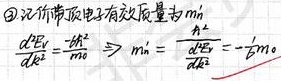
\textcircled{3} 记价带顶电子有效质量为 \(m_{n}^{*}\)。
由\(\frac{d^{2}E_V}{dk^{2}}=\frac{-\hbar^{2}}{m_0}\)，可得\(m_{n}^{*}=\frac{\hbar^{2}}{\frac{d^{2}E_V}{dk^{2}}}=-m_0\) 。